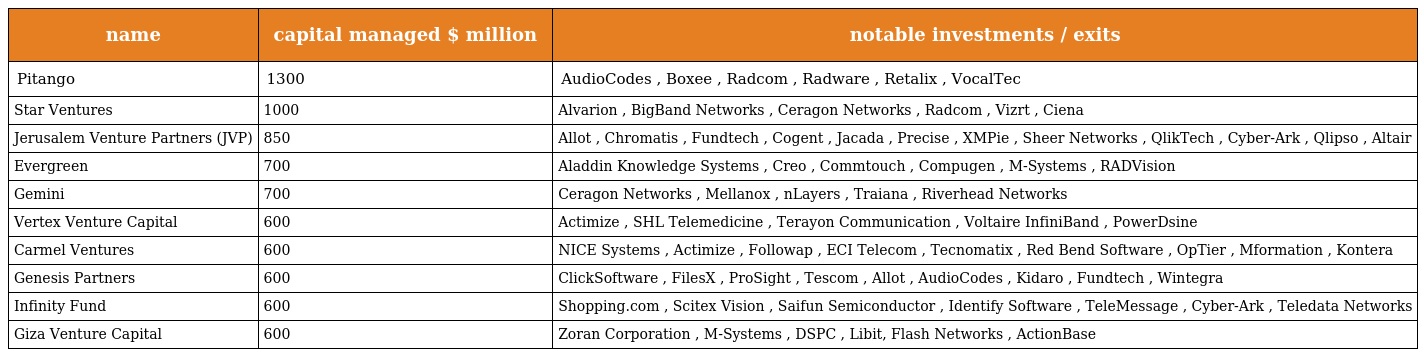
| name | capital managed $ million | notable investments / exits |
 | --- | --- | --- |
 | Pitango | 1300 | AudioCodes , Boxee , Radcom , Radware , Retalix , VocalTec |
 | Star Ventures | 1000 | Alvarion , BigBand Networks , Ceragon Networks , Radcom , Vizrt , Ciena |
 | Jerusalem Venture Partners (JVP) | 850 | Allot , Chromatis , Fundtech , Cogent , Jacada , Precise , XMPie , Sheer Networks , QlikTech , Cyber-Ark , Qlipso , Altair |
 | Evergreen | 700 | Aladdin Knowledge Systems , Creo , Commtouch , Compugen , M-Systems , RADVision |
 | Gemini | 700 | Ceragon Networks , Mellanox , nLayers , Traiana , Riverhead Networks |
 | Vertex Venture Capital | 600 | Actimize , SHL Telemedicine , Terayon Communication , Voltaire InfiniBand , PowerDsine |
 | Carmel Ventures | 600 | NICE Systems , Actimize , Followap , ECI Telecom , Tecnomatix , Red Bend Software , OpTier , Mformation , Kontera |
 | Genesis Partners | 600 | ClickSoftware , FilesX , ProSight , Tescom , Allot , AudioCodes , Kidaro , Fundtech , Wintegra |
 | Infinity Fund | 600 | Shopping.com , Scitex Vision , Saifun Semiconductor , Identify Software , TeleMessage , Cyber-Ark , Teledata Networks |
 | Giza Venture Capital | 600 | Zoran Corporation , M-Systems , DSPC , Libit, Flash Networks , ActionBase |